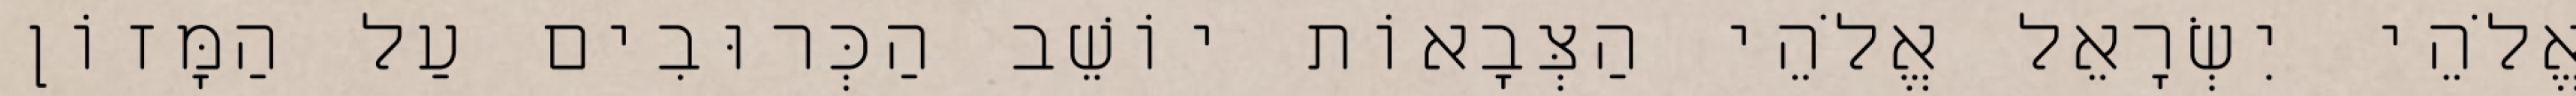
אֱלֹהֵי יִשְׂרָאֵל אֱלֹהֵי הַצְּבָאוֹת יוֹשֵׁב הַכְּרוּבִים עַל הַמָּזוֹן